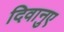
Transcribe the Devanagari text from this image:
दिवानुए